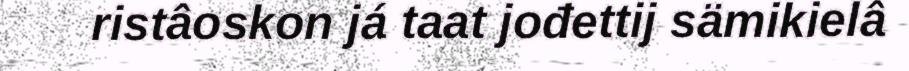
ristâoskon já taat jođettij sämikielâ